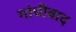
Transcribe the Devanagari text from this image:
गांधीबाद